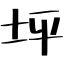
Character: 坪